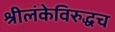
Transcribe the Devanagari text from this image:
श्रीलंकेविरुद्धच